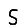
Digit: 5